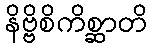
နိဗ္ဗိစိကိစ္ဆာတိ